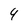
Character: 4